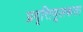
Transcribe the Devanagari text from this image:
प्रवृत्तिमूलकता